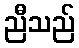
ညီသည်